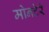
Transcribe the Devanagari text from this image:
मोनटेरे